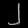
Digit: ၂